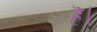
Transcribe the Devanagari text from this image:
हॆ।